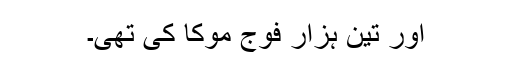
اور تین ہزار فوج موکا کی تھی۔